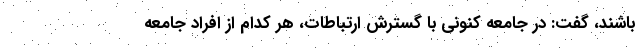
باشند، گفت: در جامعه کنونی با گسترش ارتباطات، هر کدام از افراد جامعه